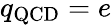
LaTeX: q_{\mathrm{QCD}}=e